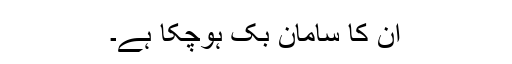
ان کا سامان بُک ہوچکا ہے۔